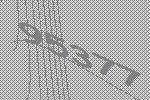
95377